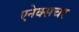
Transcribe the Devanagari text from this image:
एनेक्सचर